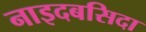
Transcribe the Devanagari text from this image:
नाइदबसिदा